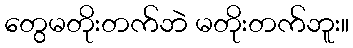
တွေမတိုးတက်ဘဲ မတိုးတက်ဘူး။